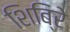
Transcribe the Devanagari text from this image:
शिबि्रे